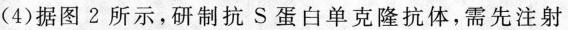
(4)据图2所示，研制抗S蛋白单克隆抗体，需先注射